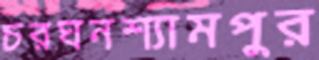
চরঘনশ্যামপুর